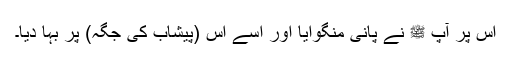
اس پر آپ ﷺ نے پانی منگوایا اور اسے اس (پیشاب کی جگہ) پر بہا دیا۔